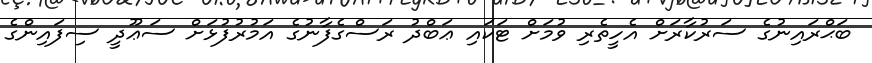
ބަޙްރައިނުގެ ސަރުކާރަށް އެހީތެރި ވުމަށް ޓަކައި ޢަބްދު ރަސްގެފާނުގެ އަމުރުފުޅަށް ސަޢޫދީ ސިފައިންގެ